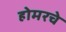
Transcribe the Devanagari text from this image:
होमरचे